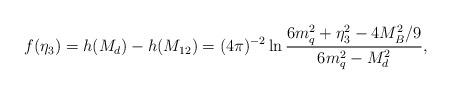
LaTeX: \begin{align*}f(\eta_3) = h(M_d)- h(M_{12}) = (4\pi)^{-2} \ln{{6m_q^2 + \eta_3^2 -4M_B^2/9} \over {6m_q^2 -M_d^2}},\end{align*}